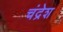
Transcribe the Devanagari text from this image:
चंद्रेश